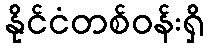
နိုင်ငံတစ်ဝန်းရှိ